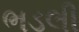
ભડલી